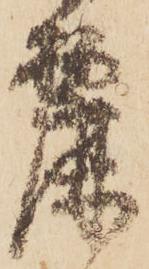
麗